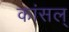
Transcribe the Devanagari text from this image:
कांसल्